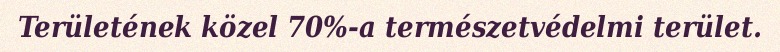
Területének közel 70%-a természetvédelmi terület.